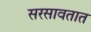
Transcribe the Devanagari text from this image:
सरसावतात